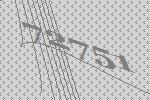
72751